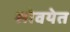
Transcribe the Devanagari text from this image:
सोवयेत